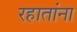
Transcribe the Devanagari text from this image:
रहातांना